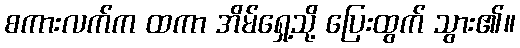
စကားလက်က ထကာ အိမ်ရှေ့သို့ ပြေးထွက် သွား၏။